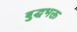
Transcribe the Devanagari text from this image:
बुद्धभक्त